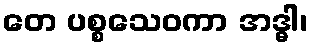
တေ ပစ္စသေဝကာ အဒ္ဓါ၊